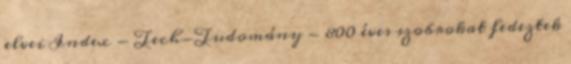
elvei Index - Tech-Tudomány - 800 éves szobrokat fedeztek